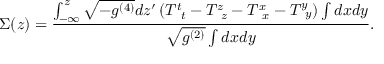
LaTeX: \Sigma ( z ) = \frac { \int _ { - \infty } ^ { z } \sqrt { - g ^ { ( 4 ) } } d z ^ { \prime } \left( T _ { \; \; t } ^ { t } - T _ { \; \; z } ^ { z } - T _ { \; \; x } ^ { x } - T _ { \; \; y } ^ { y } \right) \int d x d y } { \sqrt { g ^ { ( 2 ) } } \int d x d y } .